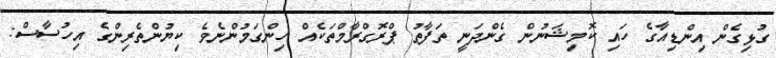
ގުޅިގެން އިންޑިއާގެ ހައި ކޮމިޝަނުން ގެންދަނީ ތަފާތު ޕްރޮގްރާމްތަކެއް ހިންގަމުންނެވެ ކިޔުންތެރިންގެ އިހުސާސް: